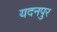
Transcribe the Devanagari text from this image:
यदनपुर